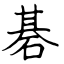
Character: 碁